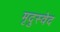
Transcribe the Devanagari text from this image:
मृदुस्वेद